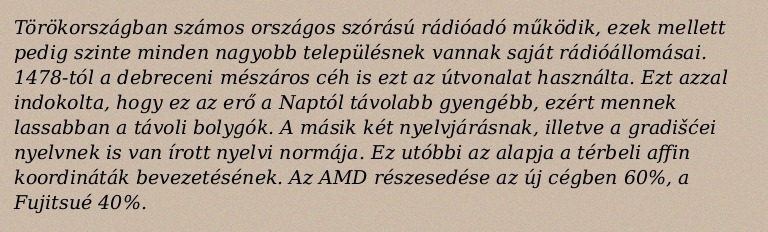
Törökországban számos országos szórású rádióadó működik, ezek mellett pedig szinte minden nagyobb településnek vannak saját rádióállomásai. 1478-tól a debreceni mészáros céh is ezt az útvonalat használta. Ezt azzal indokolta, hogy ez az erő a Naptól távolabb gyengébb, ezért mennek lassabban a távoli bolygók. A másik két nyelvjárásnak, illetve a gradišćei nyelvnek is van írott nyelvi normája. Ez utóbbi az alapja a térbeli affin koordináták bevezetésének. Az AMD részesedése az új cégben 60%, a Fujitsué 40%.